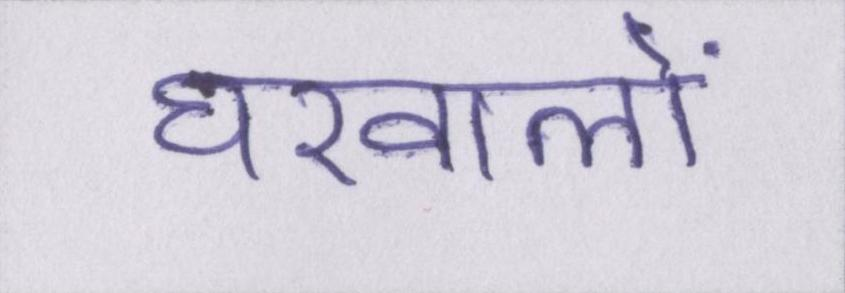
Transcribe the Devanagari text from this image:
घरवालों